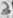
Text: 3